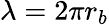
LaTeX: \lambda=2\pi r_{b}